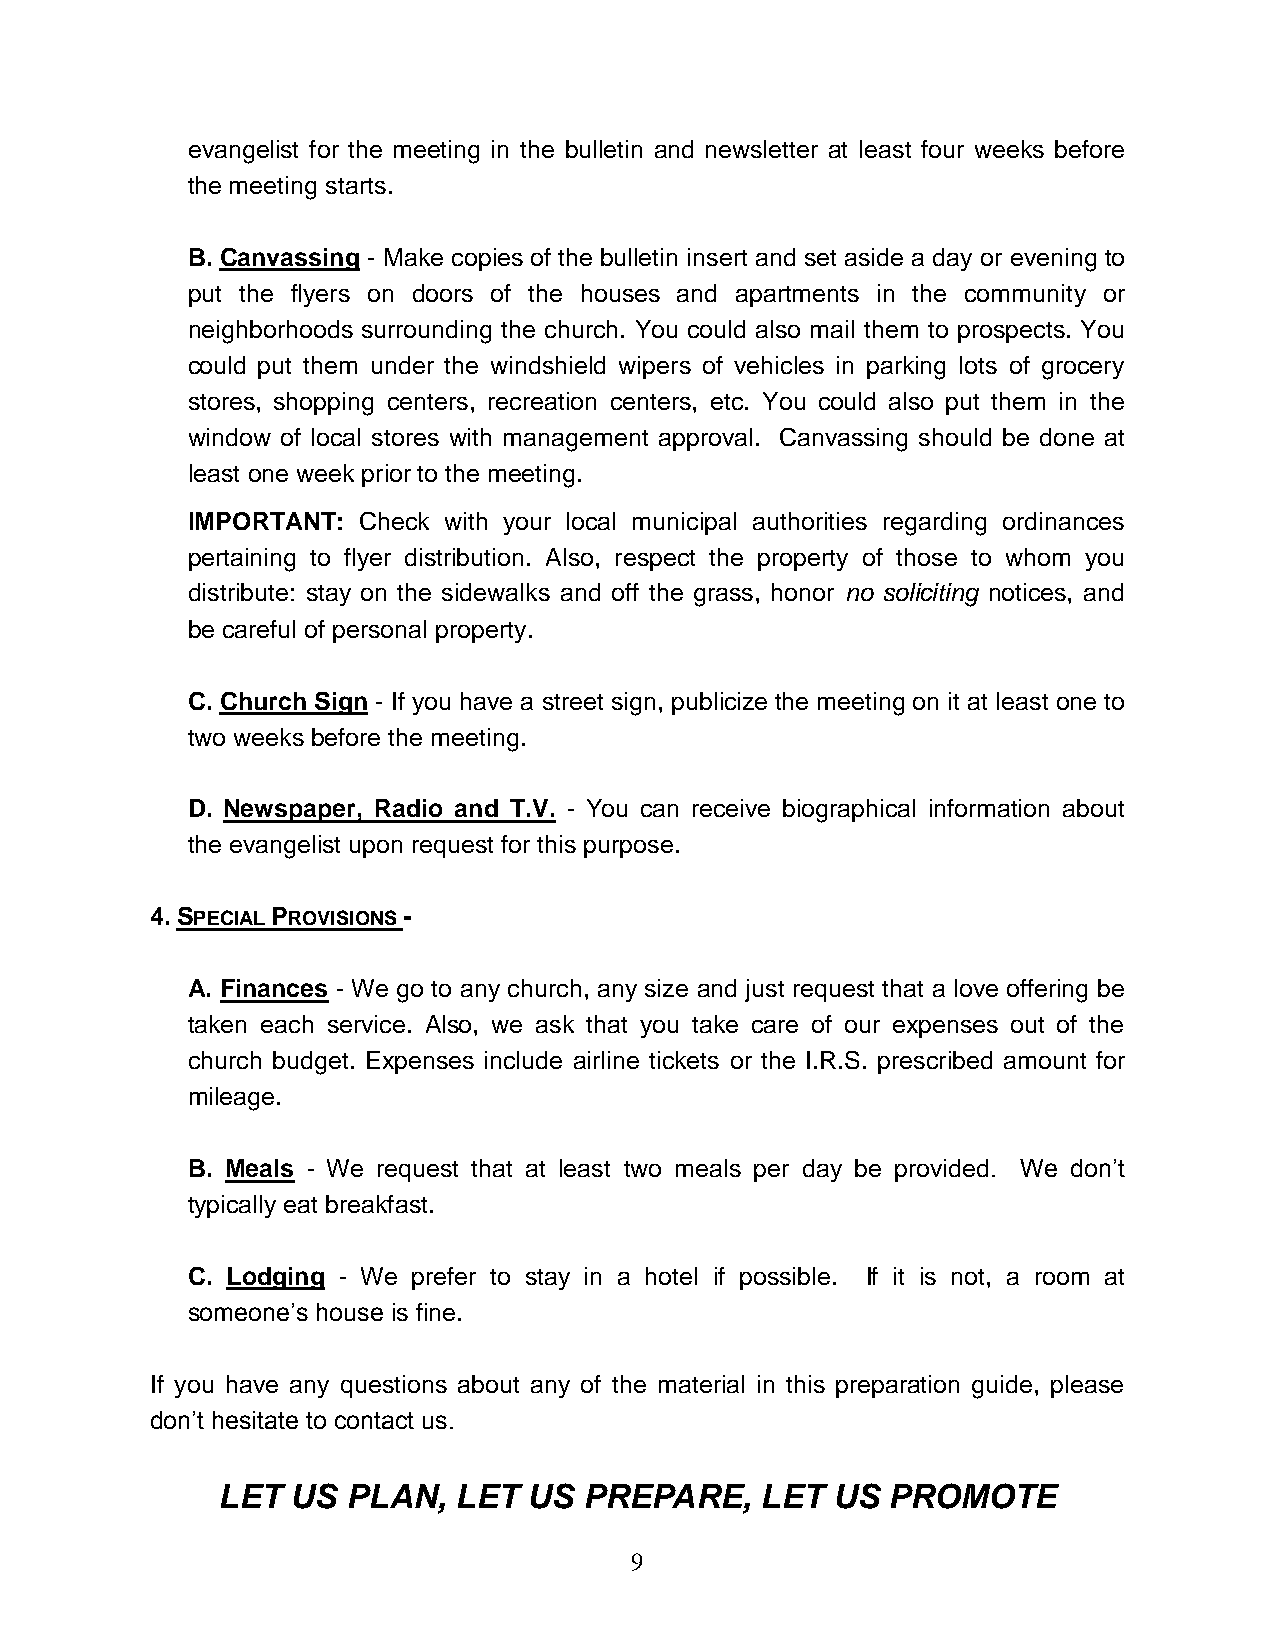
evangelist for the meeting in the bulletin and newsletter at least four weeks before
 the meeting starts.
 B. Canvassing - Make copies of the bulletin insert and set aside a day or evening to
 put the flyers on doors of the houses and apartments in the community or
 neighborhoods surrounding the church. You could also mail them to prospects. You
 could put them under the windshield wipers of vehicles in parking lots of grocery
 stores, shopping centers, recreation centers, etc. You could also put them in the
 window of local stores with management approval. Canvassing should be done at
 least one week prior to the meeting.
 IMPORTANT:  Check with your local municipal authorities regarding ordinances
 pertaining to flyer distribution. Also, respect the property of those to whom you
 distribute: stay on the sidewalks and off the grass, honor no soliciting notices, and
 be careful of personal property.
 C. Church Sign - If you have a street sign, publicize the meeting on it at least one to
 two weeks before the meeting.
 D. Newspaper, Radio and T.V. - You can receive biographical information about
 the evangelist upon request for this purpose.
 4. SPECIAL PROVISIONS -
 A. Finances - We go to any church, any size and just request that a love offering be
 taken each service. Also, we ask that you take care of our expenses out of the
 church budget. Expenses include airline tickets or the I.R.S. prescribed amount for
 mileage.
 B. Meals - We request that at least two meals per day be provided. We don’t
 typically eat breakfast.
 C. Lodging - We prefer to stay in a hotel if possible. If it is not, a room at
 someone’s house is fine.
 If you have any questions about any of the material in this preparation guide, please
 don’t hesitate to contact us.
 LET  US  PLAN,  LET  US  PREPARE,   LET  US  PROMOTE
 9